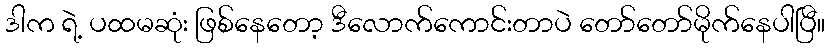
ဒါက ရဲ့ ပထမဆုံး ဖြစ်နေတော့ ဒီလောက်ကောင်းတာပဲ တော်တော်မိုက်နေပါပြီ။